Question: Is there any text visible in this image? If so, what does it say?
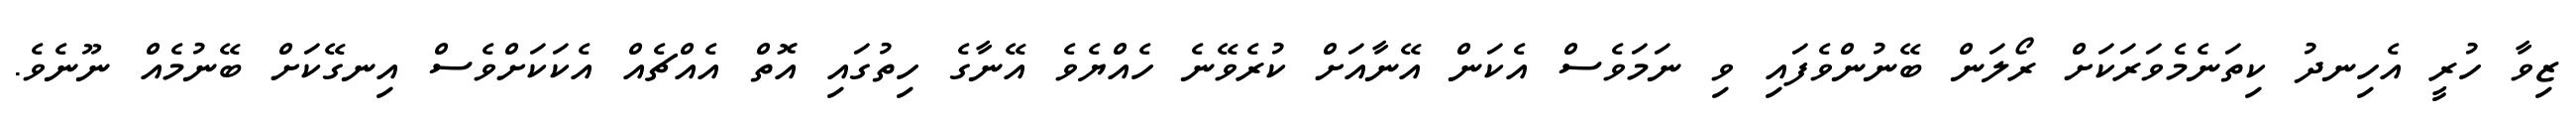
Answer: ޒިވާ ހުރީ އެހިނދު ކިތަނެމެވަރަކަށް ރޯލަން ބޭނުންވެފައި ވި ނަމަވެސް އެކަން އޭނާއަށް ކުރެވޭނެ ހެއްޔެވެ އޭނާގެ ހިތުގައި އޮތް އެއްޗެއް އެކަކަށްވެސް އިނގޭކަށް ބޭނުމެއް ނޫނެވެ.